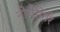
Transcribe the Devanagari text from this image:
नीचैगिरि